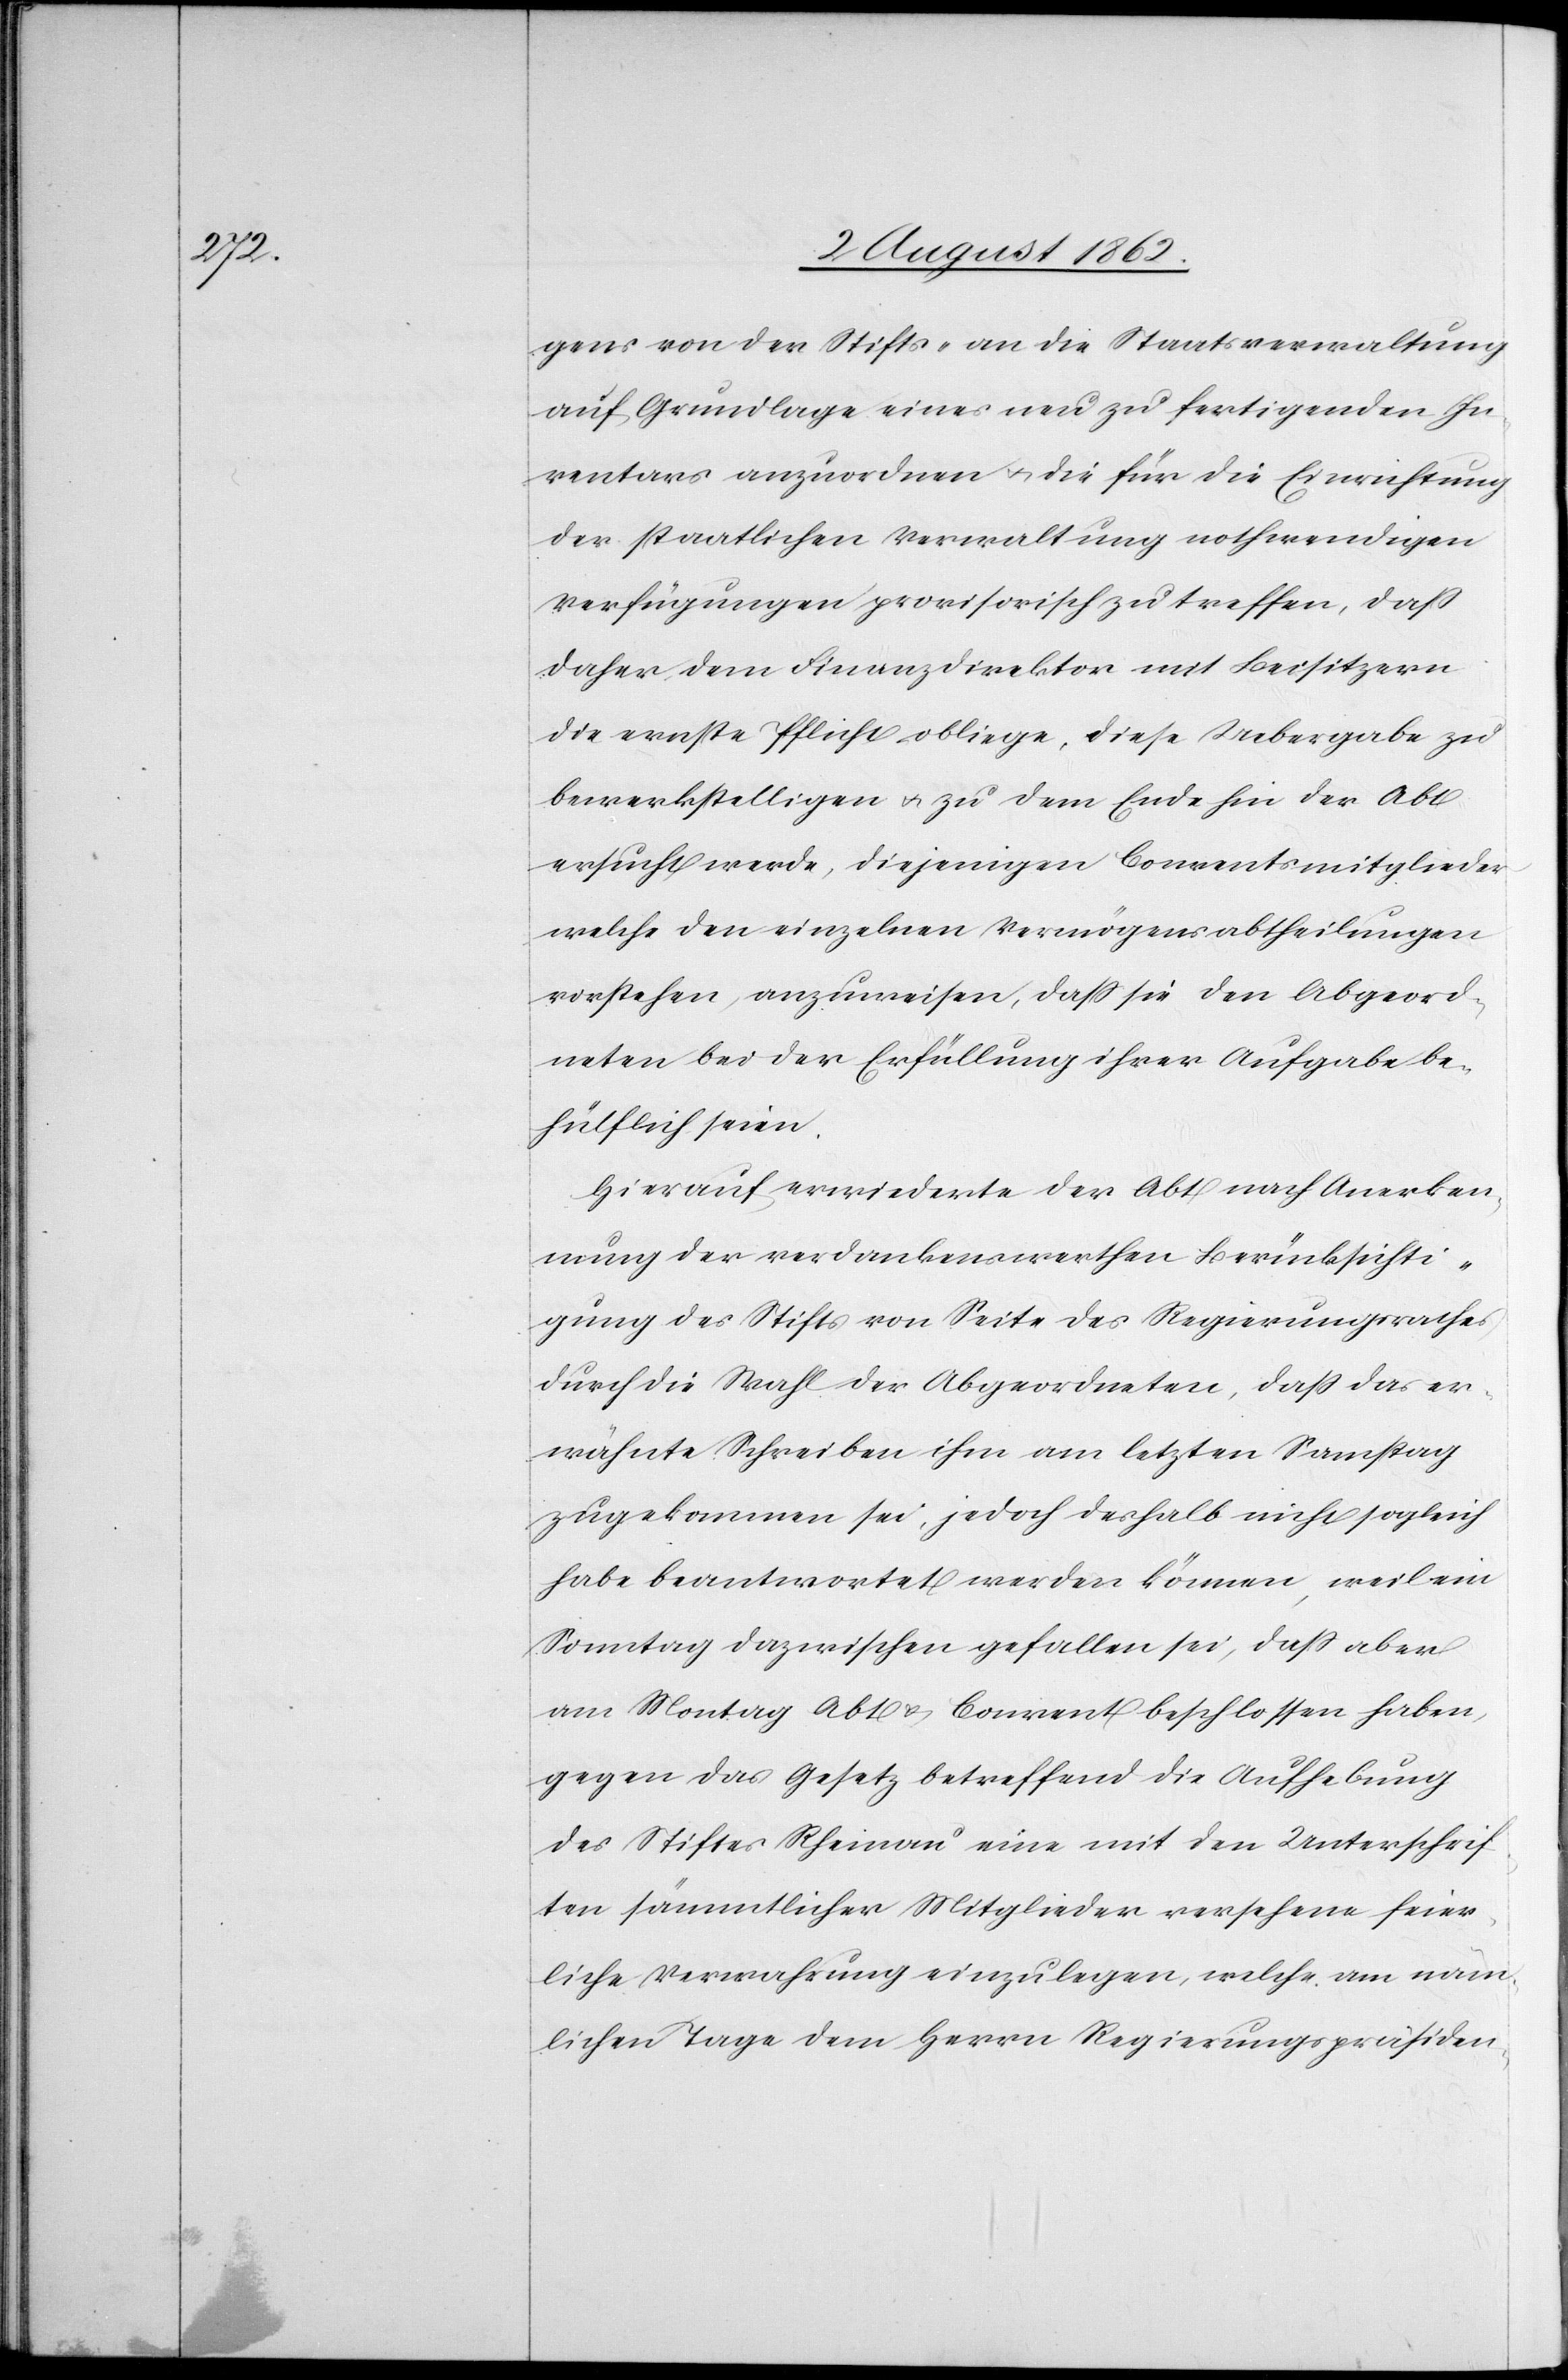
gens von der Stifts- an die Staatsverwaltung
auf Grundlage eines neu zu fertigenden In¬
ventars anzuordnen u. die für die Einrichtung
der staatlichen Verwaltung nothwendigen
Verfügungen provisorisch zu treffen, daß
daher dem Finanzdirektor mit Beisitzern
die erste Pflicht obliege, diese Uebergabe zu
bewerkstelligen u. zu dem Ende hin der Abt
ersucht werde, diejenigen Conventsmitglieder
welche den einzelnen Vermögensabtheilungen
vorstehen, anzuweisen, daß sie den Abgeord¬
neten bei der Erfüllung ihrer Aufgabe be¬
hülflich seien.
Hierauf erwiederte der Abt nach Anerken¬
nung der verdankenswerthen Berücksichti¬
gung des Stifts von Seite des Regierungsrathes
durch die Wahl der Abgeordneten, daß das er¬
wähnte Schreiben ihm am letzten Samstag
zugekommen sei, jedoch deshalb nicht sogleich
habe beantwortet werden können, weil ein
Sonntag dazwischen gefallen sei, daß aber
am Montag Abt u. Convent beschlossen haben,
gegen das Gesetz betreffend die Aufhebung
des Stiftes Rheinau eine mit den Unterschrif¬
ten sämmtlicher Mitglieder versehene feier¬
liche Verwahrung einzulegen, welche am näm¬
lichen Tage dem Herrn Regierungspräsiden-